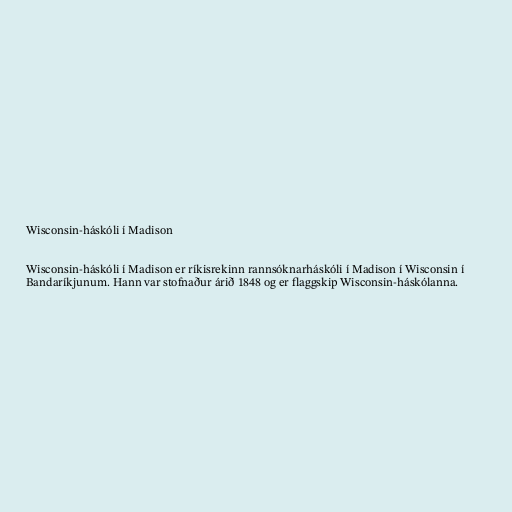
Wisconsin-háskóli í Madison

Wisconsin-háskóli í Madison er ríkisrekinn rannsóknarháskóli í Madison í Wisconsin í
Bandaríkjunum. Hann var stofnaður árið 1848 og er flaggskip Wisconsin-háskólanna.